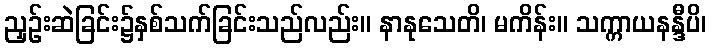
ညှဉ်းဆဲခြင်း၌နှစ်သက်ခြင်းသည်လည်း။ နာနုသေတိ၊ မကိန်း။ သက္ကာယနန္ဒီပိ၊